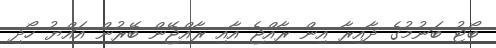
ބޯޓު ބަނުމުގެ ދާއިރާ އިން ރާއްޖެ އާއި ރާއްޖޭން ބޭރުން އައްޔު ހޯދި